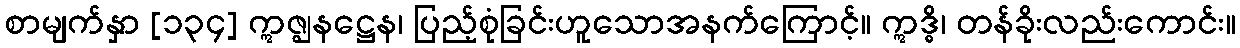
စာမျက်နှာ [၁၃၄] ဣဇ္ဈနဋ္ဌေန၊ ပြည့်စုံခြင်းဟူသောအနက်ကြောင့်။ ဣဒ္ဓိ၊ တန်ခိုးလည်းကောင်း။